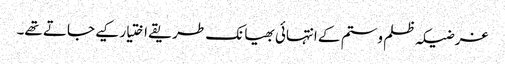
غرضیکہ ظلم وستم کے انتہائی بھیانک طریقے اختیار کیے جاتے تھے۔